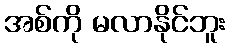
အစ်ကို မလာနိုင်ဘူး